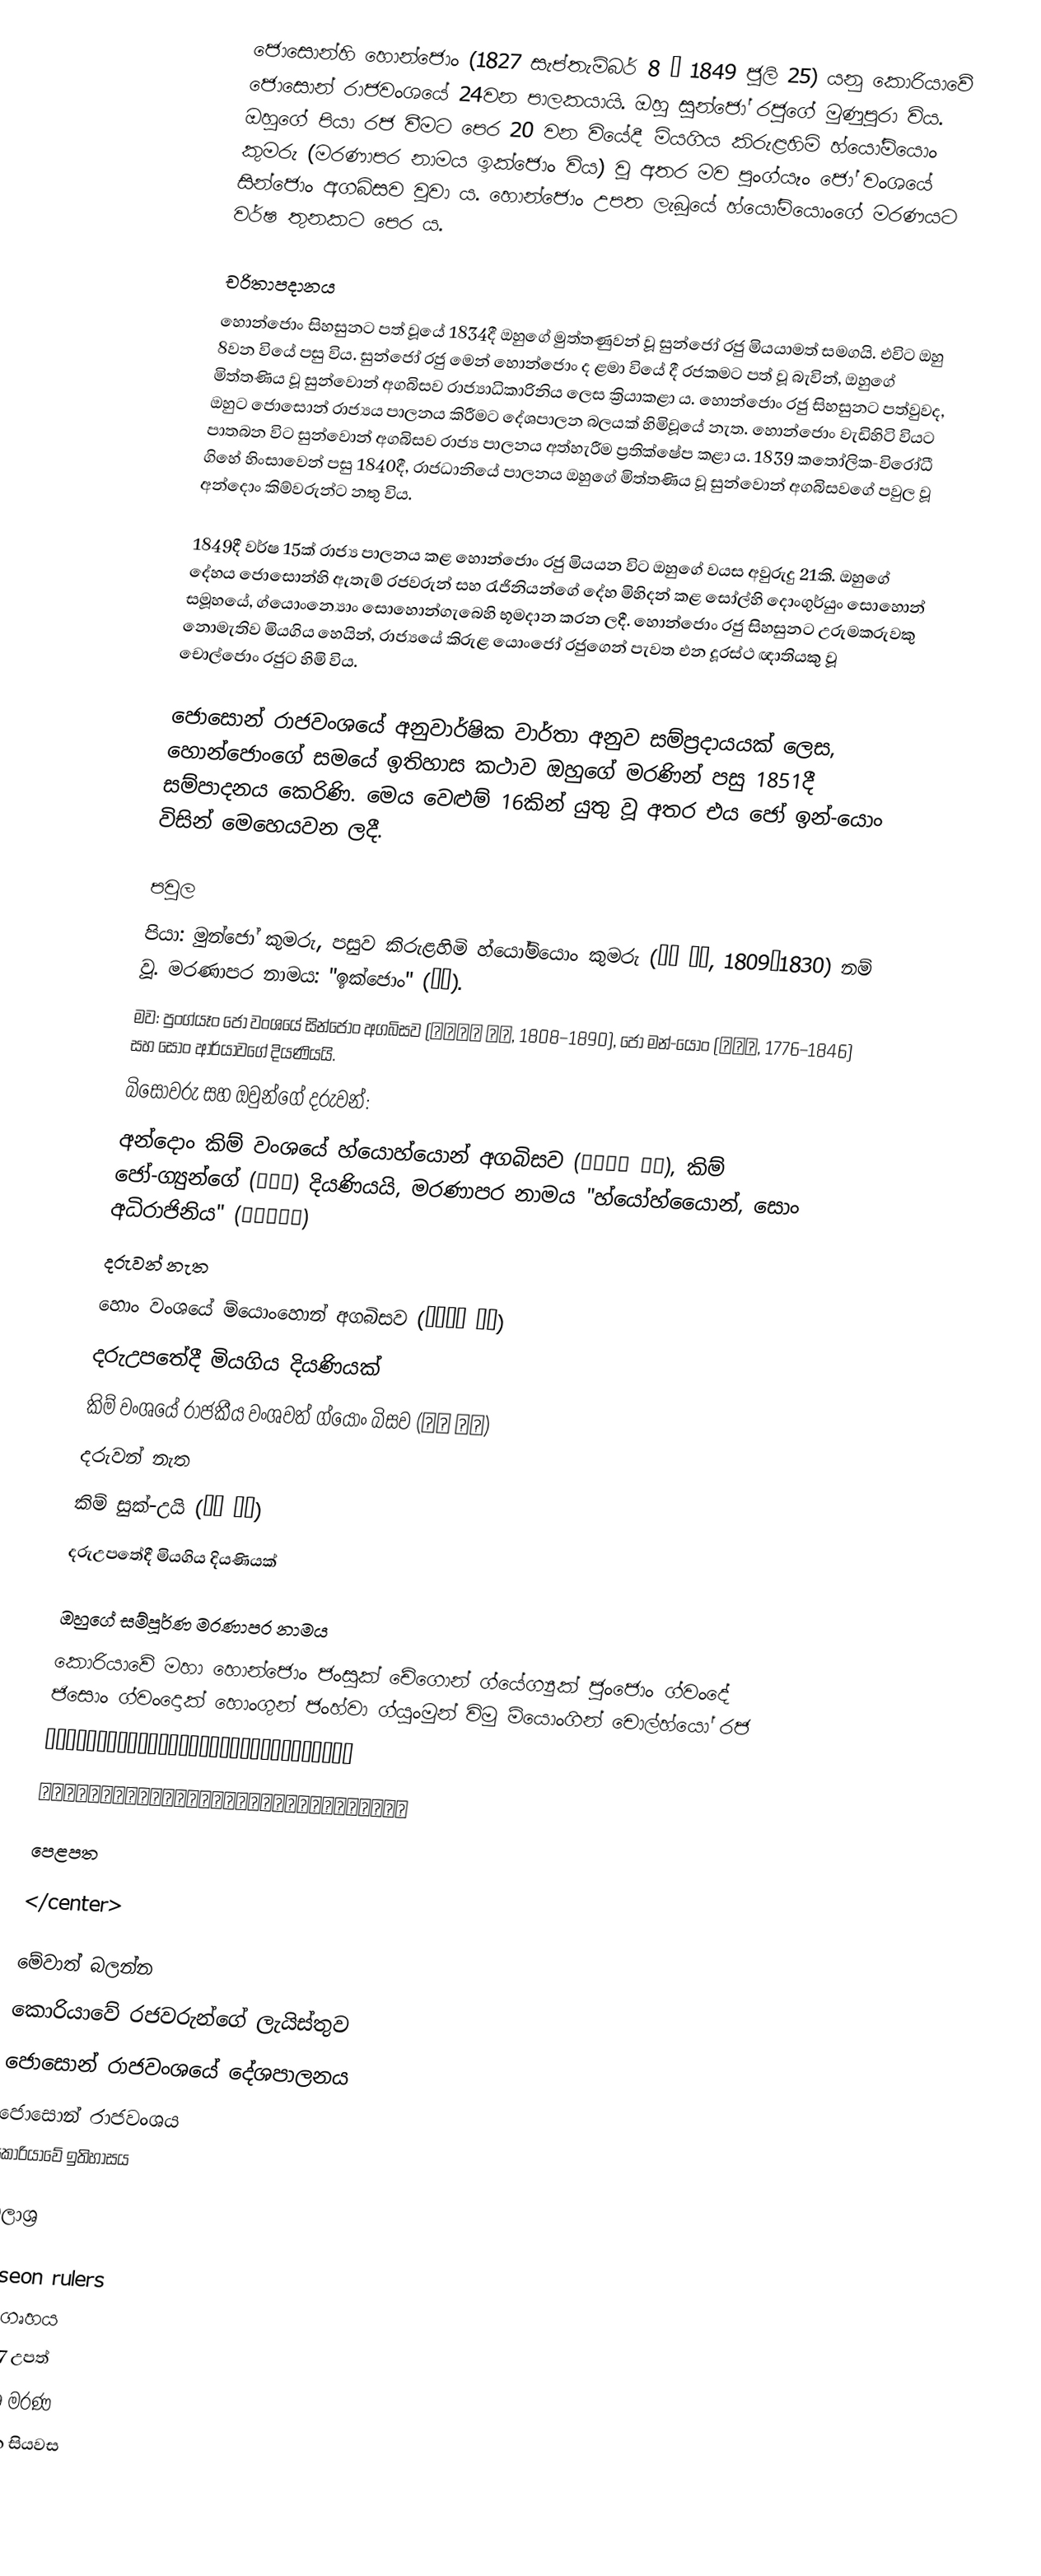
ජොසොන්හි හොන්ජොං (1827 සැප්තැම්බර් 8 – 1849 ජූලි 25) යනු කොරියාවේ ජොසොන් රාජවංශයේ 24වන පාලකයායි. ඔහු සුන්ජෝ රජුගේ මුණුපුරා විය. ඔහුගේ පියා රජ වීමට පෙර 20 වන වියේදී මියගිය කිරුළහිමි හ්යෝම්යොං කුමරු (මරණාපර නාමය ඉක්ජොං විය) වූ අතර මව පුංග්යෑං ජෝ වංශයේ සින්ජොං අගබිසව වූවා ය. හොන්ජොං උපත ලැබූයේ හ්යෝම්යොංගේ මරණයට වර්ෂ තුනකට පෙර ය.

චරිතාපදානය
හොන්ජොං සිහසුනට පත් වූයේ 1834දී ඔහුගේ මුත්තණුවන් වූ සුන්ජෝ රජු මියයාමත් සමගයි. එවිට ඔහු 8වන වියේ පසු විය. සුන්ජෝ රජු මෙන් හොන්ජොං ද ළමා වියේ දී රජකමට පත් වූ බැවින්, ඔහුගේ මිත්තණිය වූ සුන්වොන් අගබිසව රාජ්‍යාධිකාරිනිය ලෙස ක්‍රියාකළා ය. හොන්ජොං රජු සිහසුනට පත්වුවද, ඔහුට ජොසොන් රාජ්‍යය පාලනය කිරීමට දේශපාලන බලයක් හිමිවූයේ නැත. හොන්ජොං වැඩිහිටි වියට පාතබන විට සුන්වොන් අගබිසව රාජ්‍ය පාලනය අත්හැරීම ප්‍රතික්ෂේප කළා ය. 1839 කතෝලික-විරෝධී ගිහේ හිංසාවෙන් පසු 1840දී, රාජධානියේ පාලනය ඔහුගේ මිත්තණිය වූ සුන්වොන් අගබිසවගේ පවුල වූ අන්දොං කිම්වරුන්ට නතු විය.

1849දී වර්ෂ 15ක් රාජ්‍ය පාලනය කළ හොන්ජොං රජු මියයන විට ඔහුගේ වයස අවුරුදු 21කි. ඔහුගේ දේහය ජොසොන්හි ඇතැම් රජවරුන් සහ රැජිනියන්ගේ දේහ මිහිදන් කළ සෝල්හි දොංගුර්යුං සොහොන් සමූහයේ, ග්යොංන්‍යොං සොහොන්ගැබෙහි භූමදාන කරන ලදී. හොන්ජොං රජු සිහසුනට උරුමකරුවකු නොමැතිව මියගිය හෙයින්, රාජ්‍යයේ කිරුළ යොංජෝ රජුගෙන් පැවත එන දූරස්ථ ඥාතියකු වූ චොල්ජොං රජුට හිමි විය.

ජොසොන් රාජවංශයේ අනුවාර්ෂික වාර්තා අනුව සම්ප්‍රදායයක් ලෙස, හොන්ජොංගේ සමයේ ඉතිහාස කථාව ඔහුගේ මරණින් පසු 1851දී සම්පාදනය කෙරිණි. මෙය වෙළුම් 16කින් යුතු වූ අතර එය ජෝ ඉන්-යොං විසින් මෙහෙයවන ලදී.

පවුල
 පියා: මුන්ජෝ කුමරු, පසුව කිරුළහිමි හ්යෝම්යොං කුමරු (효명 세자, 1809–1830) නම් වූ. මරණාපර නාමය: "ඉක්ජොං" (익종).
 මව: පුංග්යෑං ජෝ වංශයේ සින්ජොං අගබිසව (신정왕후 조씨, 1808–1890), ජෝ මන්-යොං (조만영, 1776–1846) සහ සොං ආර්යාවගේ දියණියයි.
 බිසෝවරු සහ ඔවුන්ගේ දරුවන්:
 අන්දොං කිම් වංශයේ හ්යොහ්යොන් අගබිසව (효현왕후 김씨), කිම් ජෝ-ග්‍යුන්ගේ (김조근) දියණියයි, මරණාපර නාමය "හ්යෝ‍හ්යෙොන්, සොං අධිරාජිනිය" (효현성황후)
 දරුවන් නැත
 හොං වංශයේ ම්යොංහොන් අගබිසව (명헌왕후 홍씨)
 දරුඋපතේදී මියගිය දියණියක්
 කිම් වංශයේ රාජකීය වංශවත් ග්යොං බිසව (경빈 김씨)
දරුවන් නැත
 කිම් සුක්-උයි (숙의 김씨)
 දරුඋපතේදී මියගිය දියණියක්

ඔහුගේ සම්පූර්ණ මරණාපර නාමය
 කොරියාවේ මහා හොන්ජොං ජංසුක් චේගොන් ග්යේග්‍යුක් ජුංජොං ග්වංදේ ජිසොං ග්වංදොක් හොංගුන් ජංහ්වා ග්යුංමුන් විමු ම්යොංගින් චොල්හ්යෝ රජ
 헌종장숙체건계극중정광대지성광덕홍운장화경문위무명인철효대왕
 獻宗莊肅體健繼極中正光大至聖廣德弘運章化經文緯武明仁哲孝大王

පෙළපත

</center>

මේවාත් බලන්න
කොරියාවේ රජවරුන්ගේ ලැයිස්තුව
ජොසොන් රාජවංශයේ දේශපාලනය
ජොසොන් රාජවංශය
කොරියාවේ ඉතිහාසය

මූලාශ්‍ර

Joseon rulers
යි ගෘහය
1827 උපත්
1849 මරණ
19වන සිය‍වස